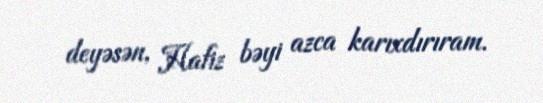
deyəsən, Hafiz bəyi azca karıxdırıram.